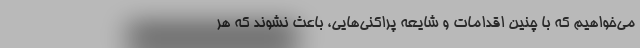
می‌خواهیم که با چنین اقدامات و شایعه پراکنی‌هایی، باعث نشوند که هر